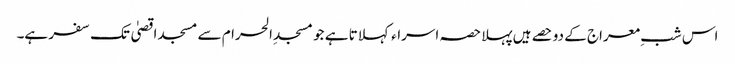
اس شبِ معراج کے دو حصے ہیں پہلا حصہ اسراء کہلاتا ہے جو مسجدِ الحرام سے مسجد اقصیٰ تک سفر ہے۔